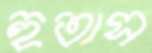
হুতাস